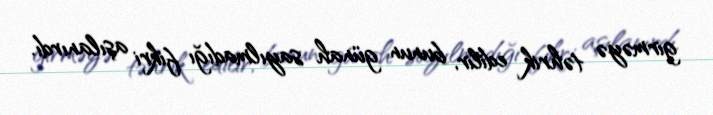
girməyə təhrik edilir, bunun günah sayılmadığı fikri aşılanırdı.